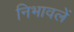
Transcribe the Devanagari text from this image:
निभावलें